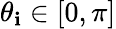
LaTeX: \theta_{\mathbf{i}}\in[0,\pi]